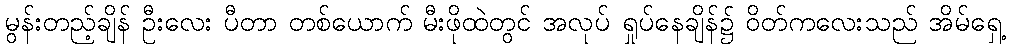
မွန်းတည့်ချိန် ဦးလေး ပီတာ တစ်ယောက် မီးဖိုထဲတွင် အလုပ် ရှုပ်နေချိန်၌ ဝိတ်ကလေးသည် အိမ်ရှေ့